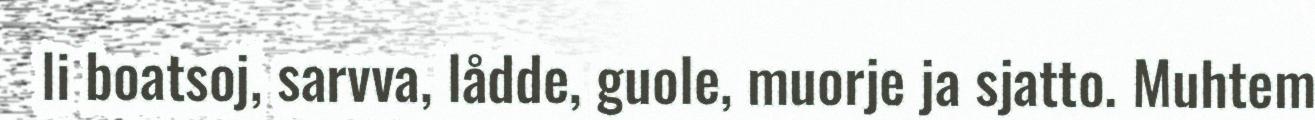
li boatsoj, sarvva, lådde, guole, muorje ja sjatto. Muhtem